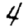
Digit: 4